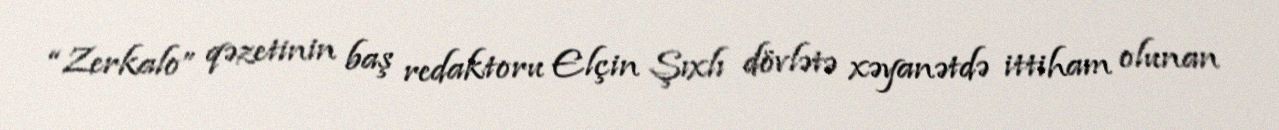
“Zerkalo” qəzetinin baş redaktoru Elçin Şıxlı dövlətə xəyanətdə ittiham olunan